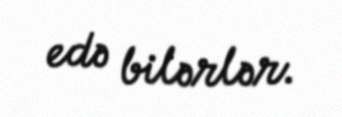
edə bilərlər.